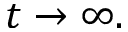
t \rightarrow \infty .